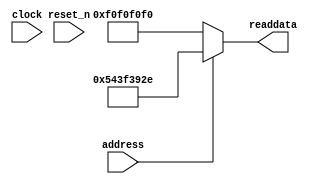
module nios_system_sysid (
               // inputs:
                address,
                clock,
                reset_n,

               // outputs:
                readdata
             )
;

  output  [ 31: 0] readdata;
  input            address;
  input            clock;
  input            reset_n;

  wire    [ 31: 0] readdata;
  //control_slave, which is an e_avalon_slave
  assign readdata = address ? 1413429550 : -252645136;

endmodule